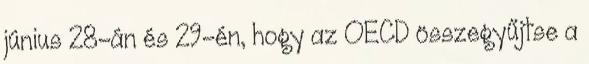
június 28-án és 29-én, hogy az OECD összegyűjtse a